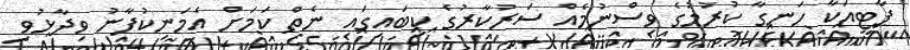
ޕާޓީއަކާ ހަނގާ ކުރުމުގެ ވިސްނުމެއް ސަރުކާރުގެ ކިބައިގައި ނެތް ކަމަށް އެމަނިކުފާނު ވިދާޅުވި